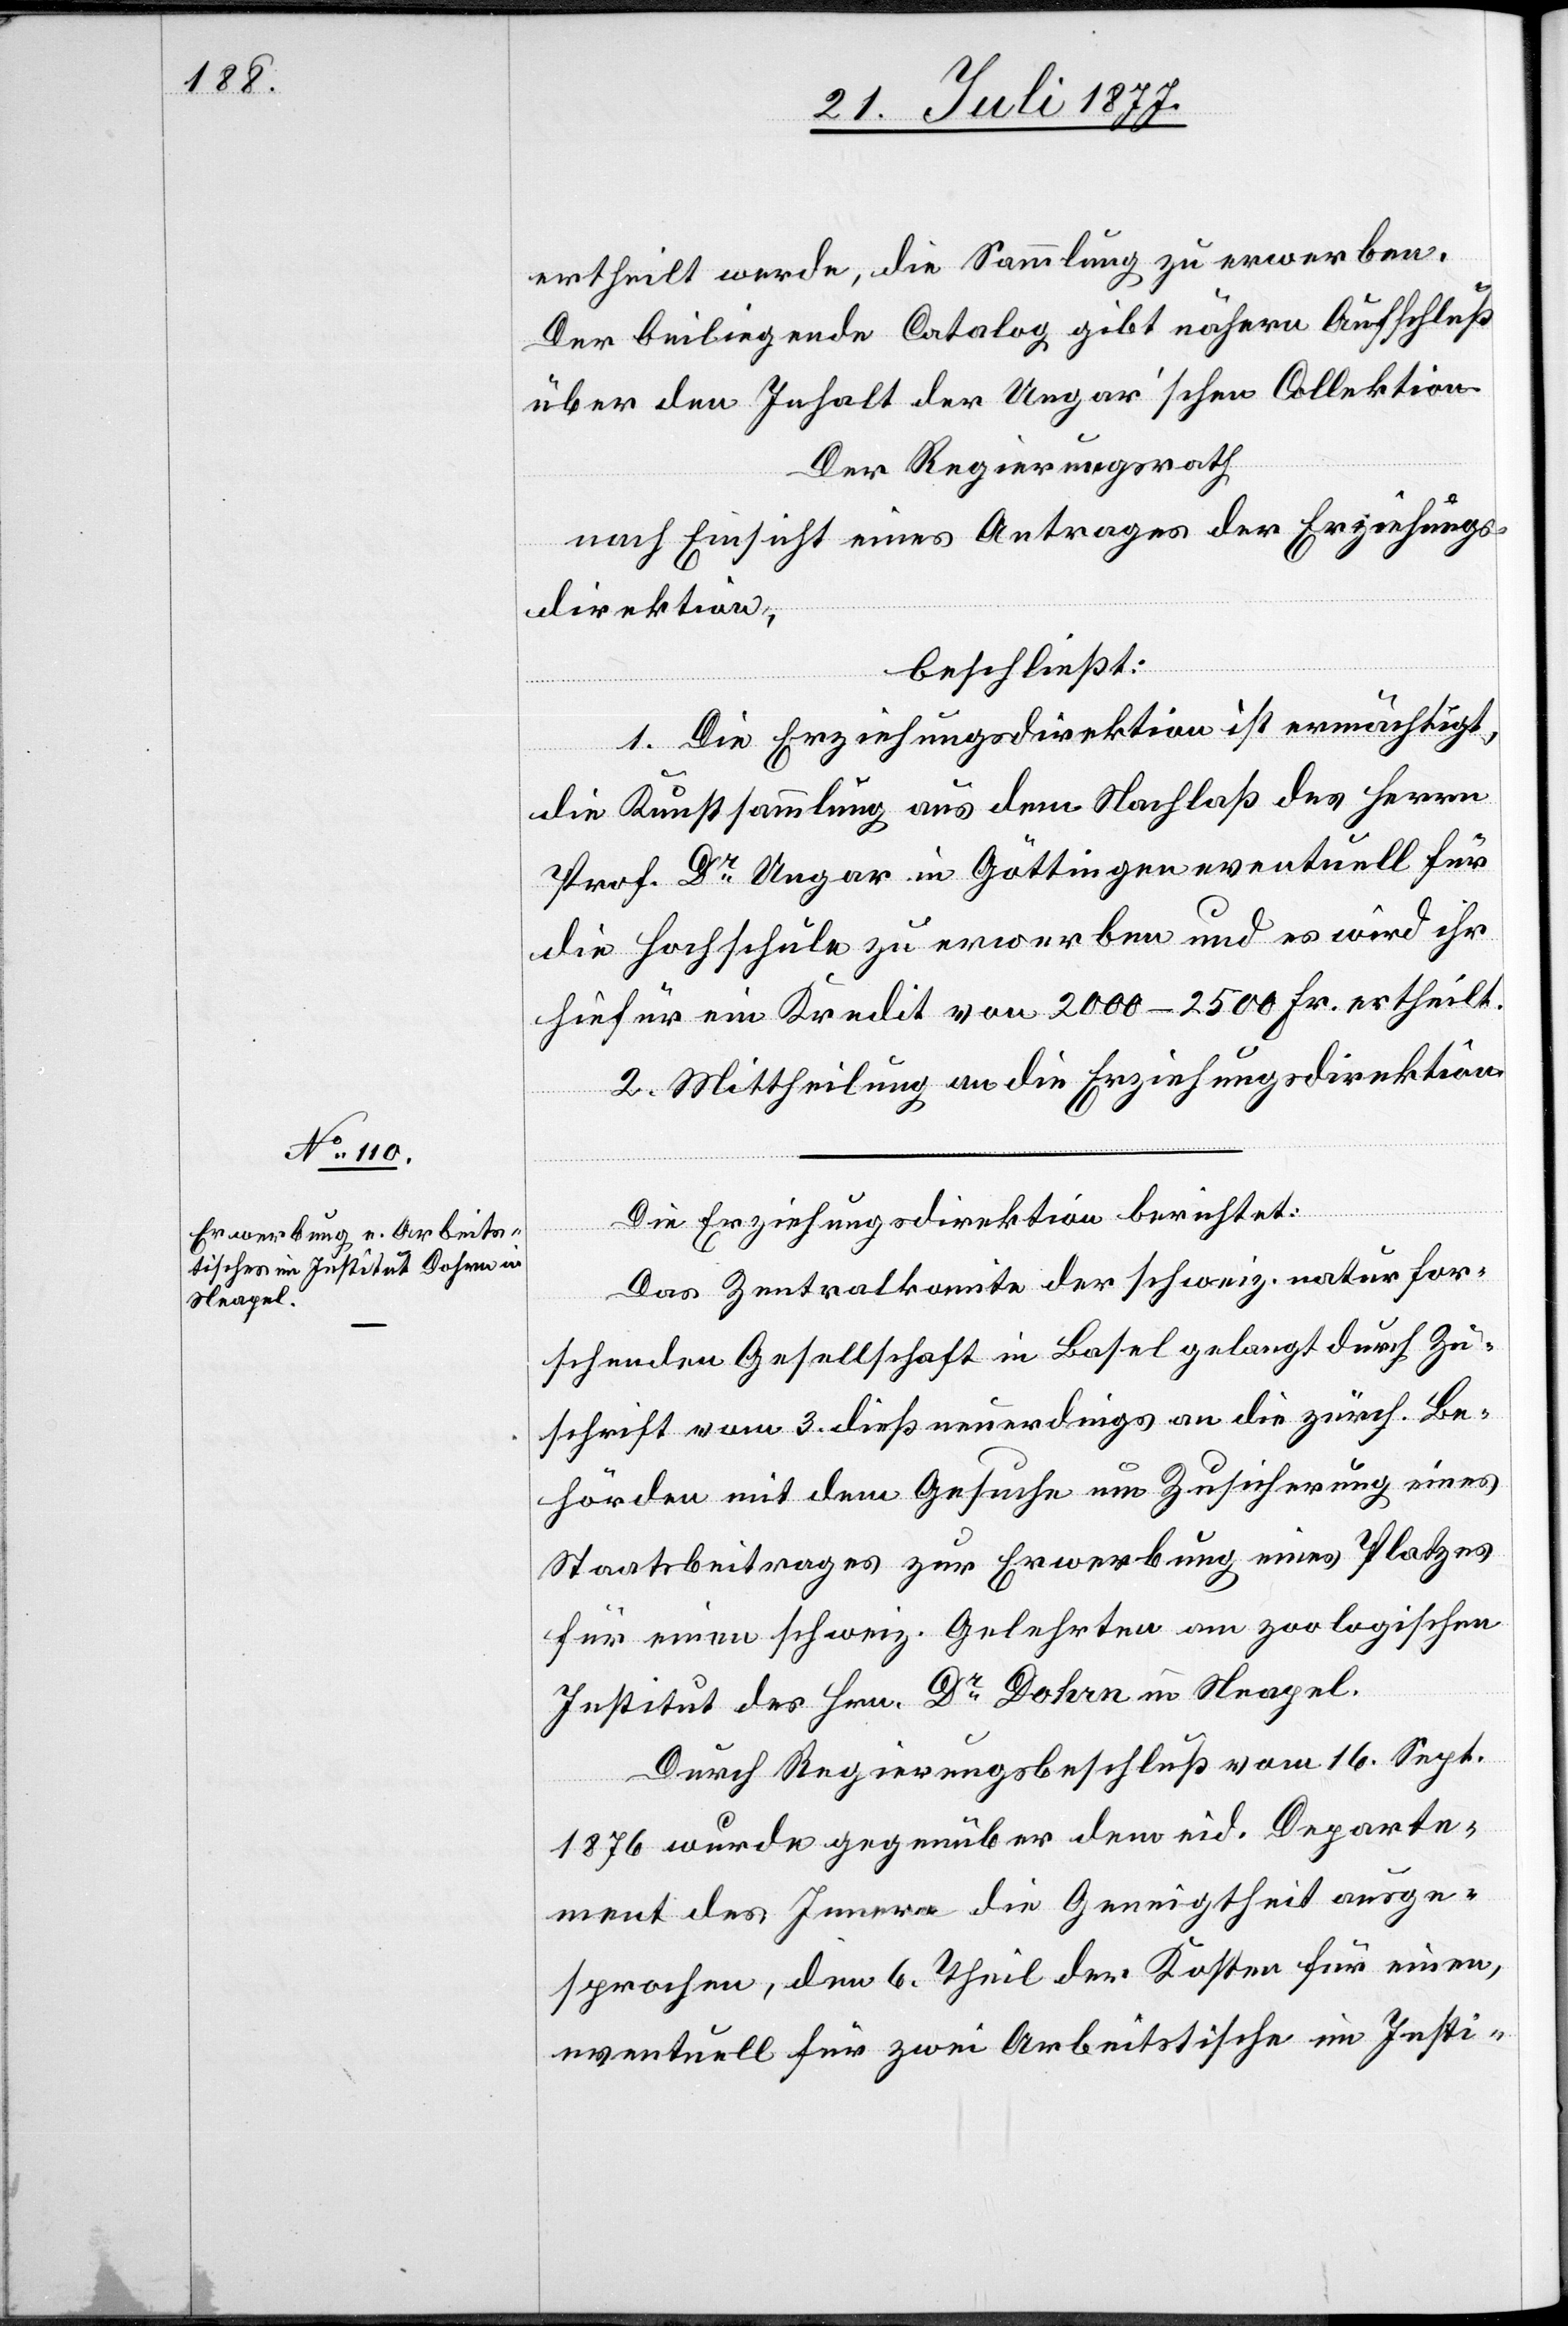
ertheilt werde, die Sammlung zu erwerben.
Der beiliegende Catalog gibt nähern Aufschluß
über den Inhalt der Ungar’schen Collektion.
Der Regierungsrath
nach Einsicht eines Antrages der Erziehungs¬
direktion,
beschließt:
1. Die Erziehungsdirektion ist ermächtigt,
die Kunstsammlung aus dem Nachlaß des Herrn
Prof. Dr Ungar in Göttingen eventuell für
die Hochschule zu erwerben und es wird ihr
hiefür ein Kredit von 2000–2500 Fr. ertheilt.
2. Mittheilung an die Erziehungsdirektion.
Die Erziehungsdirektion berichtet:
Das Zentralkomite der schweiz. naturfor¬
schenden Gesellschaft in Basel gelangt durch Zu¬
schrift vom 3. dieß neuerdings an die zürch. Be¬
hörden mit dem Gesuche um Zusicherung eines
Staatsbeitrages zur Erwerbung eines Platzes
für einen schweiz. Gelehrten am zoologischen
Institut des Hrn. Dr Dohrn in Neapel.
Durch Regierungsbeschluß vom 16. Sept.
1876 wurde gegenüber dem eid. Departe¬
ment des Innern die Geneigtheit ausge¬
sprochen, den 6. Theil der Kosten für einen,
eventuell für zwei Arbeitstische im Insti-